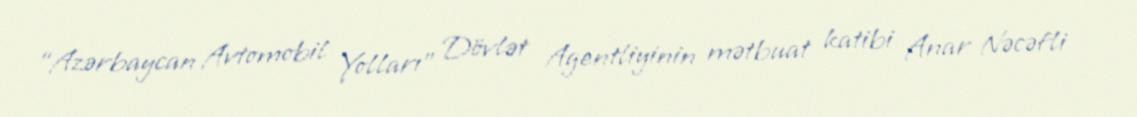
“Azərbaycan Avtomobil Yolları” Dövlət Agentliyinin mətbuat katibi Anar Nəcəfli